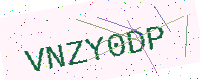
Text: VNZY0DP